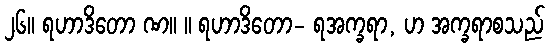
၂၆။ ရဟာဒိတော ဏ။ ။ ရဟာဒိတော- ရအက္ခရာ, ဟ အက္ခရာစသည်